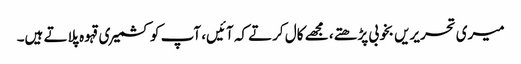
میری تحریریں بخوبی پڑھتے، مجھے کال کرتے کہ آئیں، آپ کو کشمیری قہوہ پلاتے ہیں۔